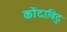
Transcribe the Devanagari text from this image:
कोंदाविदु